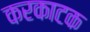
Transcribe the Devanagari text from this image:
करकाटक